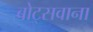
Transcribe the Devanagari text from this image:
बोट्सवाना